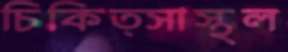
চিকিত্সাস্থল